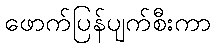
ဖောက်ပြန်ပျက်စီးကာ